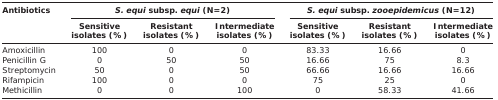
<table><thead><tr><td rowspan="3"><b>Antibiotics</b></td><td colspan="3"><b><i>S. equi</i> subsp. <i>equi</i> (N=2)</b></td><td colspan="3"><b><i>S. equi</i> subsp. <i>zooepidemicus</i> (N=12)</b></td></tr><tr><td><b>Sensitive isolates (%)</b></td><td><b>Resistant isolates (%)</b></td><td><b>Intermediate isolates (%)</b></td><td><b>Sensitive isolates (%)</b></td><td><b>Resistant isolates (%)</b></td><td><b>Intermediate isolates (%)</b></td></tr></thead><tbody><tr><td>Amoxicillin</td><td>100</td><td>0</td><td>0</td><td>83.33</td><td>16.66</td><td>0</td></tr><tr><td>Penicillin G</td><td>0</td><td>50</td><td>50</td><td>16.66</td><td>75</td><td>8.3</td></tr><tr><td>Streptomycin</td><td>50</td><td>0</td><td>50</td><td>66.66</td><td>16.66</td><td>16.66</td></tr><tr><td>Rifampicin</td><td>100</td><td>0</td><td>0</td><td>75</td><td>25</td><td>0</td></tr><tr><td>Methicillin</td><td>0</td><td>0</td><td>100</td><td>0</td><td>58.33</td><td>41.66</td></tr></tbody></table>